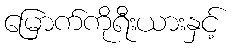
မြောက်ကိုရီးယားနှင့်